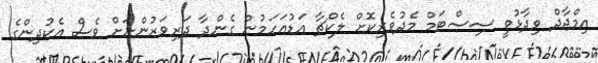
އިމްޖާދް ވިދާޅުވީ ސިސްޓަމް މެދުވެރިކޮށް ލެކްޗާ އަޑުއަހަމުން ގެންދާ ދަރިވަރުންނަށް ވެސް އެކުދިންގެ